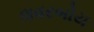
લવરબોય